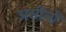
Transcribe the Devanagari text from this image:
असीनो